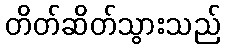
တိတ်ဆိတ်သွားသည်